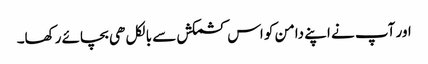
اور آپ نے اپنے دامن کو اس کشمکش سے بالکل ھی بچائے رکھا۔